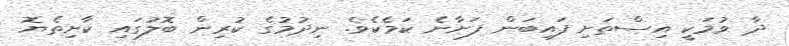
ދާ ވުމަކީ އިސްތަށި ފައިބަން ފަށާނެ ކަމެކެވެ. ނިދުމުގެ ކުރިން ބޮލުގައި ކާށިތެޔޮ